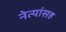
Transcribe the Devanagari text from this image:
नेत्यांसह